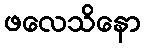
ဖလေသိနော